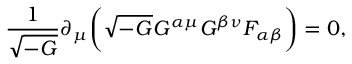
\frac { 1 } { \sqrt { - G } } \partial _ { \mu } \biggl ( \sqrt { - G } G ^ { \alpha \mu } G ^ { \beta \nu } F _ { \alpha \beta } \biggr ) = 0 ,